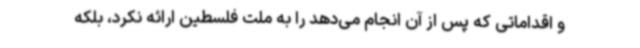
و اقداماتی که پس از آن انجام می‌دهد را به ملت فلسطین ارائه نکرد، بلکه